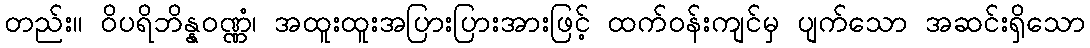
တည်း။ ဝိပရိဘိန္နဝဏ္ဏံ၊ အထူးထူးအပြားပြားအားဖြင့် ထက်ဝန်းကျင်မှ ပျက်သော အဆင်းရှိသော